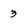
Character: 3